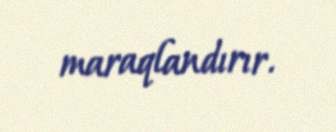
maraqlandırır.